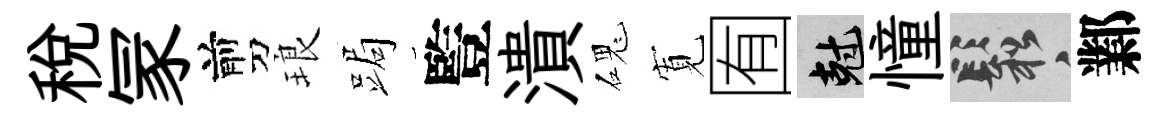
税冡剪琅跼䜿潰磈𡩖囿剋憧鬆鄴